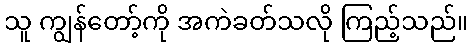
သူ ကျွန်တော့်ကို အကဲခတ်သလို ကြည့်သည်။